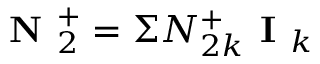
\textbf { N } _ { 2 } ^ { + } = \Sigma N _ { 2 k } ^ { + } \textbf { I } _ { k }